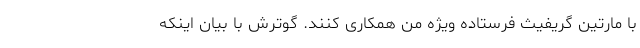
با مارتین گریفیث فرستاده ویژه من همکاری کنند. گوترش با بیان اینکه